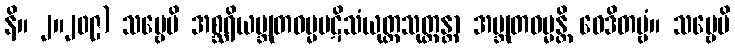
နိ။ ၂။၂၀၉) သဗ္ဗေပိ အစ္ဆရိယဗ္ဘုတဓမ္မပဋိသံယုတ္တသုတ္တန္တာ အဗ္ဘုတဓမ္မန္တိ ဝေဒိတဗ္ဗံ။ သဗ္ဗေပိ